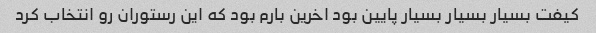
کیفت بسیار بسیار بسیار پایین بود اخرین بارم بود که این رستوران رو انتخاب کرد